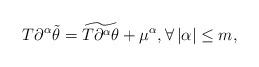
LaTeX: \begin{align*}T{\partial^\alpha\tilde\theta} = \widetilde{ T\partial^\alpha\theta} + \mu^\alpha,\forall\,|{\alpha}|\leq m,\end{align*}